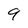
Character: 9